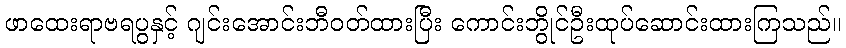
ဖာထေးရာဗရပွနှင့် ဂျင်းအောင်းဘီဝတ်ထားပြီး ကောင်းဘွိုင်ဦးထုပ်ဆောင်းထားကြသည်။